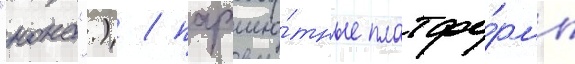
"нона".) / парашю́тные платфо́рмы